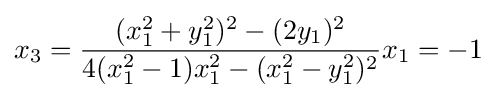
x_{3}={\frac {(x_{1}^{2}+y_{1}^{2})^{2}-(2y_{1})^{2}}{4(x_{1}^{2}-1)x_{1}^{2}-(x_{1}^{2}-y_{1}^{2})^{2}}}x_{1}=-1